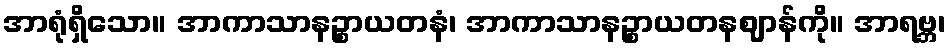
အာရုံရှိသော။ အာကာသာနဉ္စာယတနံ၊ အာကာသာနဉ္စာယတနဈာန်ကို။ အာရဗ္ဘ၊